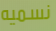
نسميه